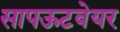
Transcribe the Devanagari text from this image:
सापऊटवेयर